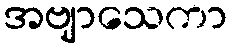
အဗျာသေကာ